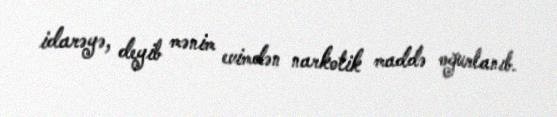
idarəyə, deyib mənim evimdən narkotik maddə oğurlanıb.